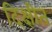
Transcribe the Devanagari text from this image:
दिक्षीत